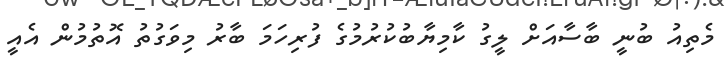
މެތިއު ބުނީ ބާސާއަށް ލީގު ކާމިޔާބުކުރުމުގެ ފުރިހަމަ ބާރު މިވަގުތު އޮތުމުން އެއީ